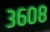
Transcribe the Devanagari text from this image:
३६०८